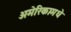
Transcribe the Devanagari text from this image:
अमेरिकामधे